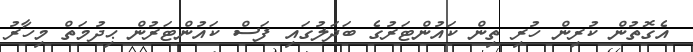
އެގޮތުން ކުރިން ހުރި ތިން ކައުންޓަރުގެ ބަދަލުގައި ފަސް ކައުންޓަރުން ޙިދުމަތް މިހާރު